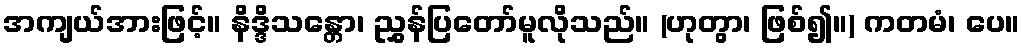
အကျယ်အားဖြင့်။ နိဒ္ဒိသန္တော၊ ညွှန်ပြတော်မူလိုသည်။ (ဟုတွာ၊ ဖြစ်၍။) ကတမံ၊ ပေ။